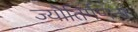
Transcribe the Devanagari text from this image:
ज्योतिर्गणना